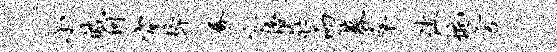
小皓何穿悴养宓倍庄而募卒休惋言